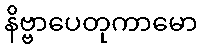
နိဗ္ဗာပေတုကာမော